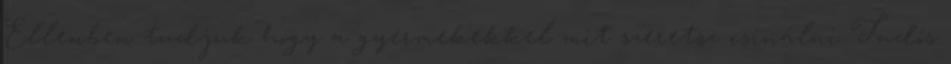
Ellenben tudjuk hogy a gyermekekkel mit szeretsz csinálni Tudós